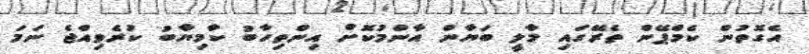
އެގޮތުން ކެމްޕޭން ތެރޭގައި މާލީ ބަޔާން އާންމުކޮށް އިންތިހާބު ކާމިޔާބު ކުރެވިއްޖެ ނަމަ